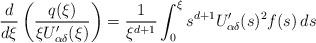
LaTeX: \begin{align*} \frac{d}{d\xi}\left(\frac{q(\xi)}{\xi U_{\alpha\delta}'(\xi)}\right)=\frac{1}{\xi^{d+1}}\int_{0}^{\xi}s^{d+1}U_{\alpha\delta}'(s)^{2}f(s)\,ds \end{align*}